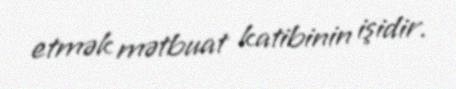
etmək mətbuat katibinin işidir.